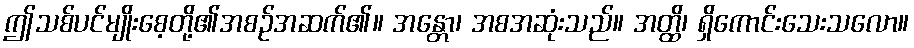
ဤသစ်ပင်မျိုးစေ့တို့၏အစဉ်အဆက်၏။ အန္တော၊ အစအဆုံးသည်။ အတ္ထိ၊ ရှိကောင်းသေးသလော။